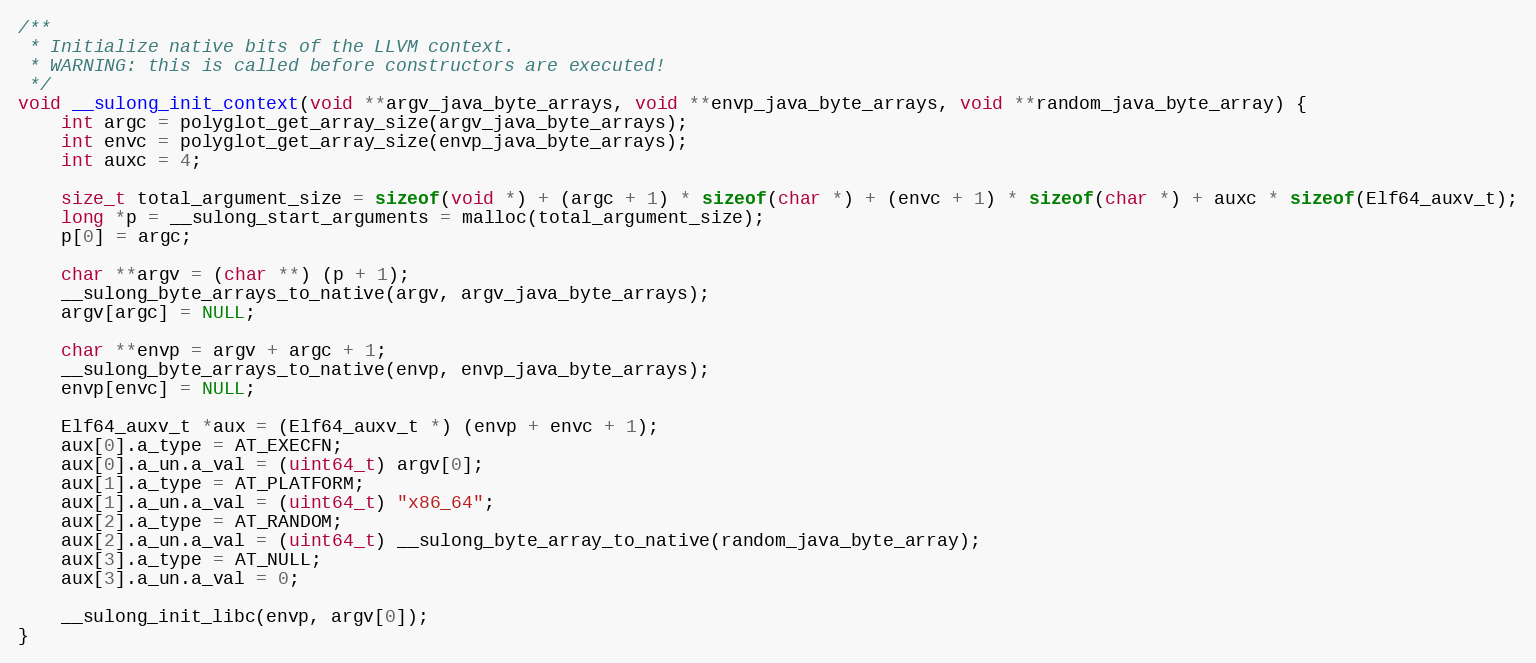
Language: C
/**
 * Initialize native bits of the LLVM context.
 * WARNING: this is called before constructors are executed!
 */
void __sulong_init_context(void **argv_java_byte_arrays, void **envp_java_byte_arrays, void **random_java_byte_array) {
    int argc = polyglot_get_array_size(argv_java_byte_arrays);
    int envc = polyglot_get_array_size(envp_java_byte_arrays);
    int auxc = 4;

    size_t total_argument_size = sizeof(void *) + (argc + 1) * sizeof(char *) + (envc + 1) * sizeof(char *) + auxc * sizeof(Elf64_auxv_t);
    long *p = __sulong_start_arguments = malloc(total_argument_size);
    p[0] = argc;

    char **argv = (char **) (p + 1);
    __sulong_byte_arrays_to_native(argv, argv_java_byte_arrays);
    argv[argc] = NULL;

    char **envp = argv + argc + 1;
    __sulong_byte_arrays_to_native(envp, envp_java_byte_arrays);
    envp[envc] = NULL;

    Elf64_auxv_t *aux = (Elf64_auxv_t *) (envp + envc + 1);
    aux[0].a_type = AT_EXECFN;
    aux[0].a_un.a_val = (uint64_t) argv[0];
    aux[1].a_type = AT_PLATFORM;
    aux[1].a_un.a_val = (uint64_t) "x86_64";
    aux[2].a_type = AT_RANDOM;
    aux[2].a_un.a_val = (uint64_t) __sulong_byte_array_to_native(random_java_byte_array);
    aux[3].a_type = AT_NULL;
    aux[3].a_un.a_val = 0;

    __sulong_init_libc(envp, argv[0]);
}